Report on sanitation, dispensaries, and jails in Rajputana for 1912, and on vaccination for the year 1912-1913 - 1912-1913
Year: 1912
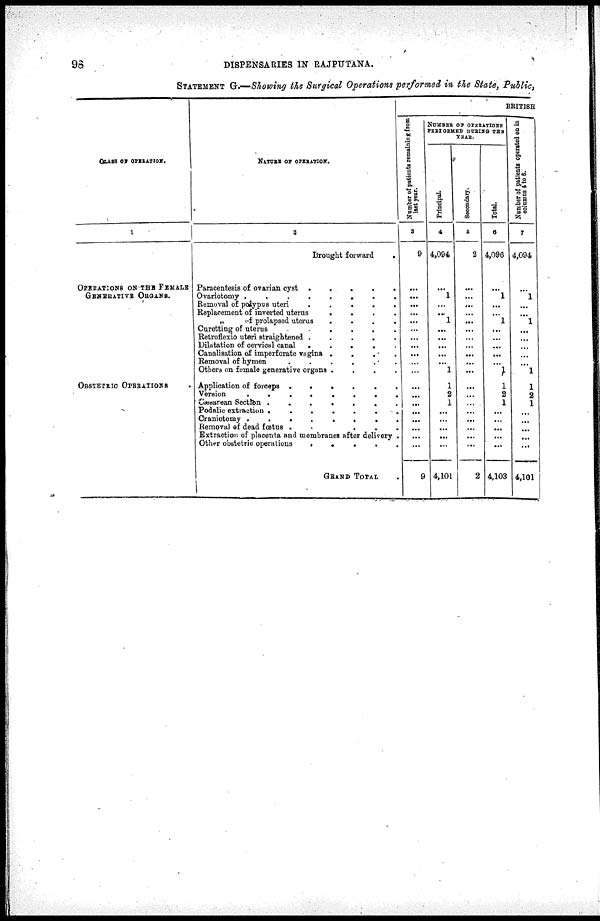
98
DISPENSARIES IN RAJPUTANA.
STATEMENT G.—Showing the Surgical Operations performed in the State, Public,
CLASS OF OPERATION.
1
OPERATIONS ON THE FEMALE
GENERATIVE ORGANS.
OBSTETRIC OPERATIONS .
NATURE OF OPERATION.
2
Brought forward
.
Paracentesis of ovarian cyst .
.
.
.
.
Ovariotomy .
.
.
.
.
.
.
.
Removal of polypus uteri
.
.
.
.
.
Replacement of inverted uterus
.
.
.
.
„
of prolapsed uterus
.
.
.
.
Curetting of uterus
.
.
.
.
.
.
Retroflexio uteri straightened .
.
.
.
.
Dilatation of cervical canal
.
.
.
.
.
Canalisation of imperforate vagina .
.
.
.
Removal of hymen
.
.
.
.
.
.
Others on female generative organs .
.
.
.
Application of forceps .
.
.
.
.
.
Version
.
.
.
.
.
.
.
.
Cæsarean Section .
.
.
.
.
.
.
Podalic extraction .
.
.
.
.
.
.
Craniotomy .
.
.
.
.
.
.
.
Removal of dead fœtus .
. . .
Extraction of placenta and membranes after delivery .
Other obstetric operations
.
.
. . .
GRAND
TOTAL .
BRITISH
Number of patients remaining from
last year.
3
9
...
...
...
...
...
...
...
...
...
...
...
...
...
...
...
...
...
...
...
9
NUMBER OF OPERATIONS
PERFORMED DURING THE
YEAR.
Principal.
4
4,094
...
1
...
...
1
...
...
...
...
...
1
1
2
1
...
...
...
...
...
4,101
Secondary.
5
2
...
...
...
...
...
...
...
...
...
...
...
...
...
...
...
...
...
...
...
2
Total.
6
4,096
...
1
...
...
1
...
...
...
...
...
1
1
2
1
...
...
...
...
...
4,103
Number of patients operated on in
columns 4 to 6.
7
4,094
...
1
...
...
1
...
...
...
...
...
1
1
2
1
...
...
...
...
...
4,101